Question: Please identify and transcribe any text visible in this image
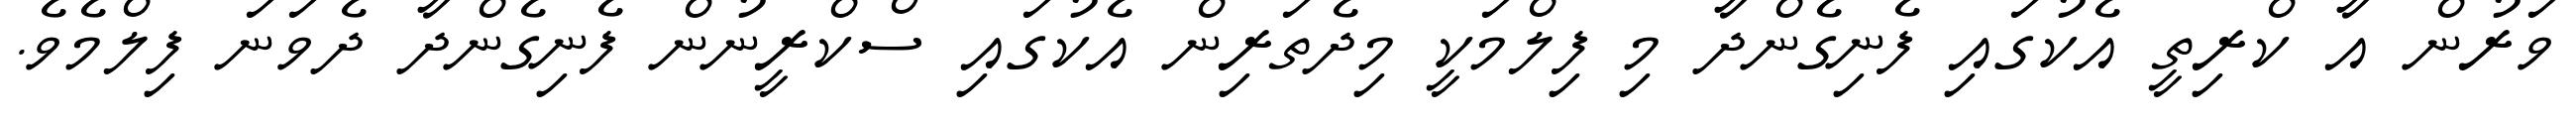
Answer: ވަރުން އާ ކްރިތީ އެކުގައި ފެނިގެންދާ މި ފިލްމަކީ މިދެތަރިން އެކުގައި ސްކްރީނުން ފެނިގެންދާ ދެވަނަ ފިލްމެވެ.